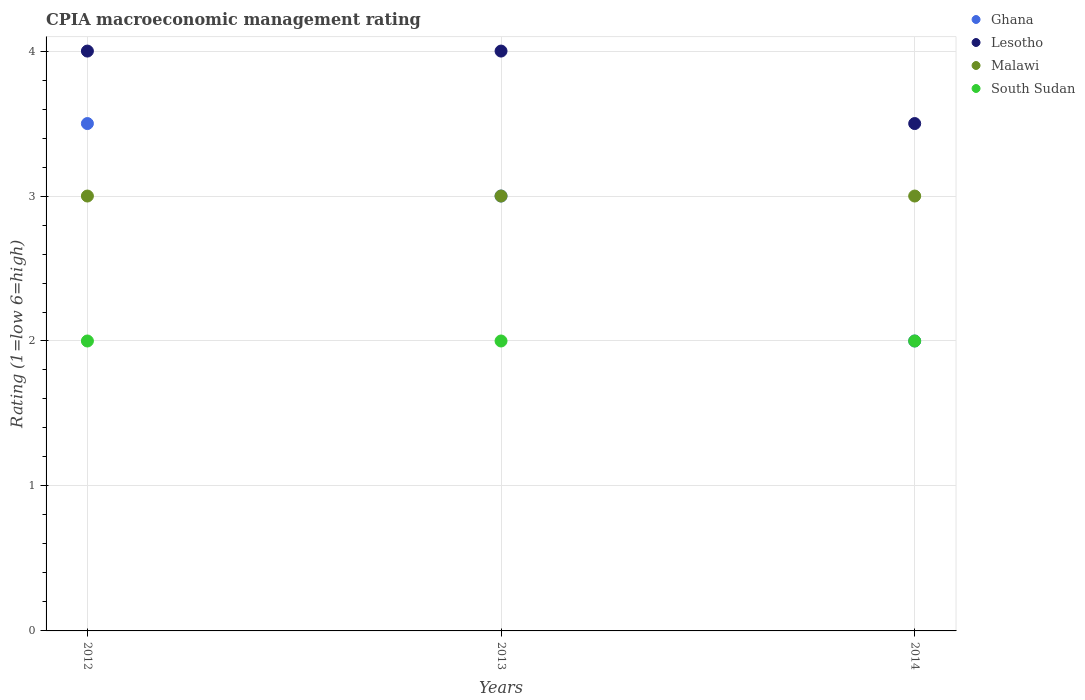
| Years | Ghana | Lesotho | Malawi | South Sudan |
 | --- | --- | --- | --- | --- |
 | 2012 | 3.5 | 4 | 3 | 2 |
 | 2013 | 3 | 4 | 3 | 2 |
 | 2014 | 2 | 3.5 | 3 | 2 |